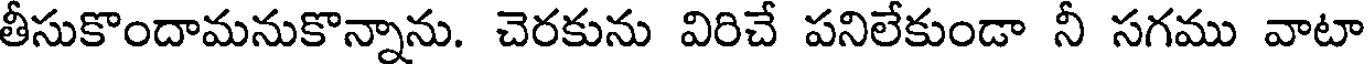
తీసుకొందామనుకొన్నాను. చెరకును విరిచే పనిలేకుండా నీ సగము వాటా